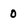
Character: 0